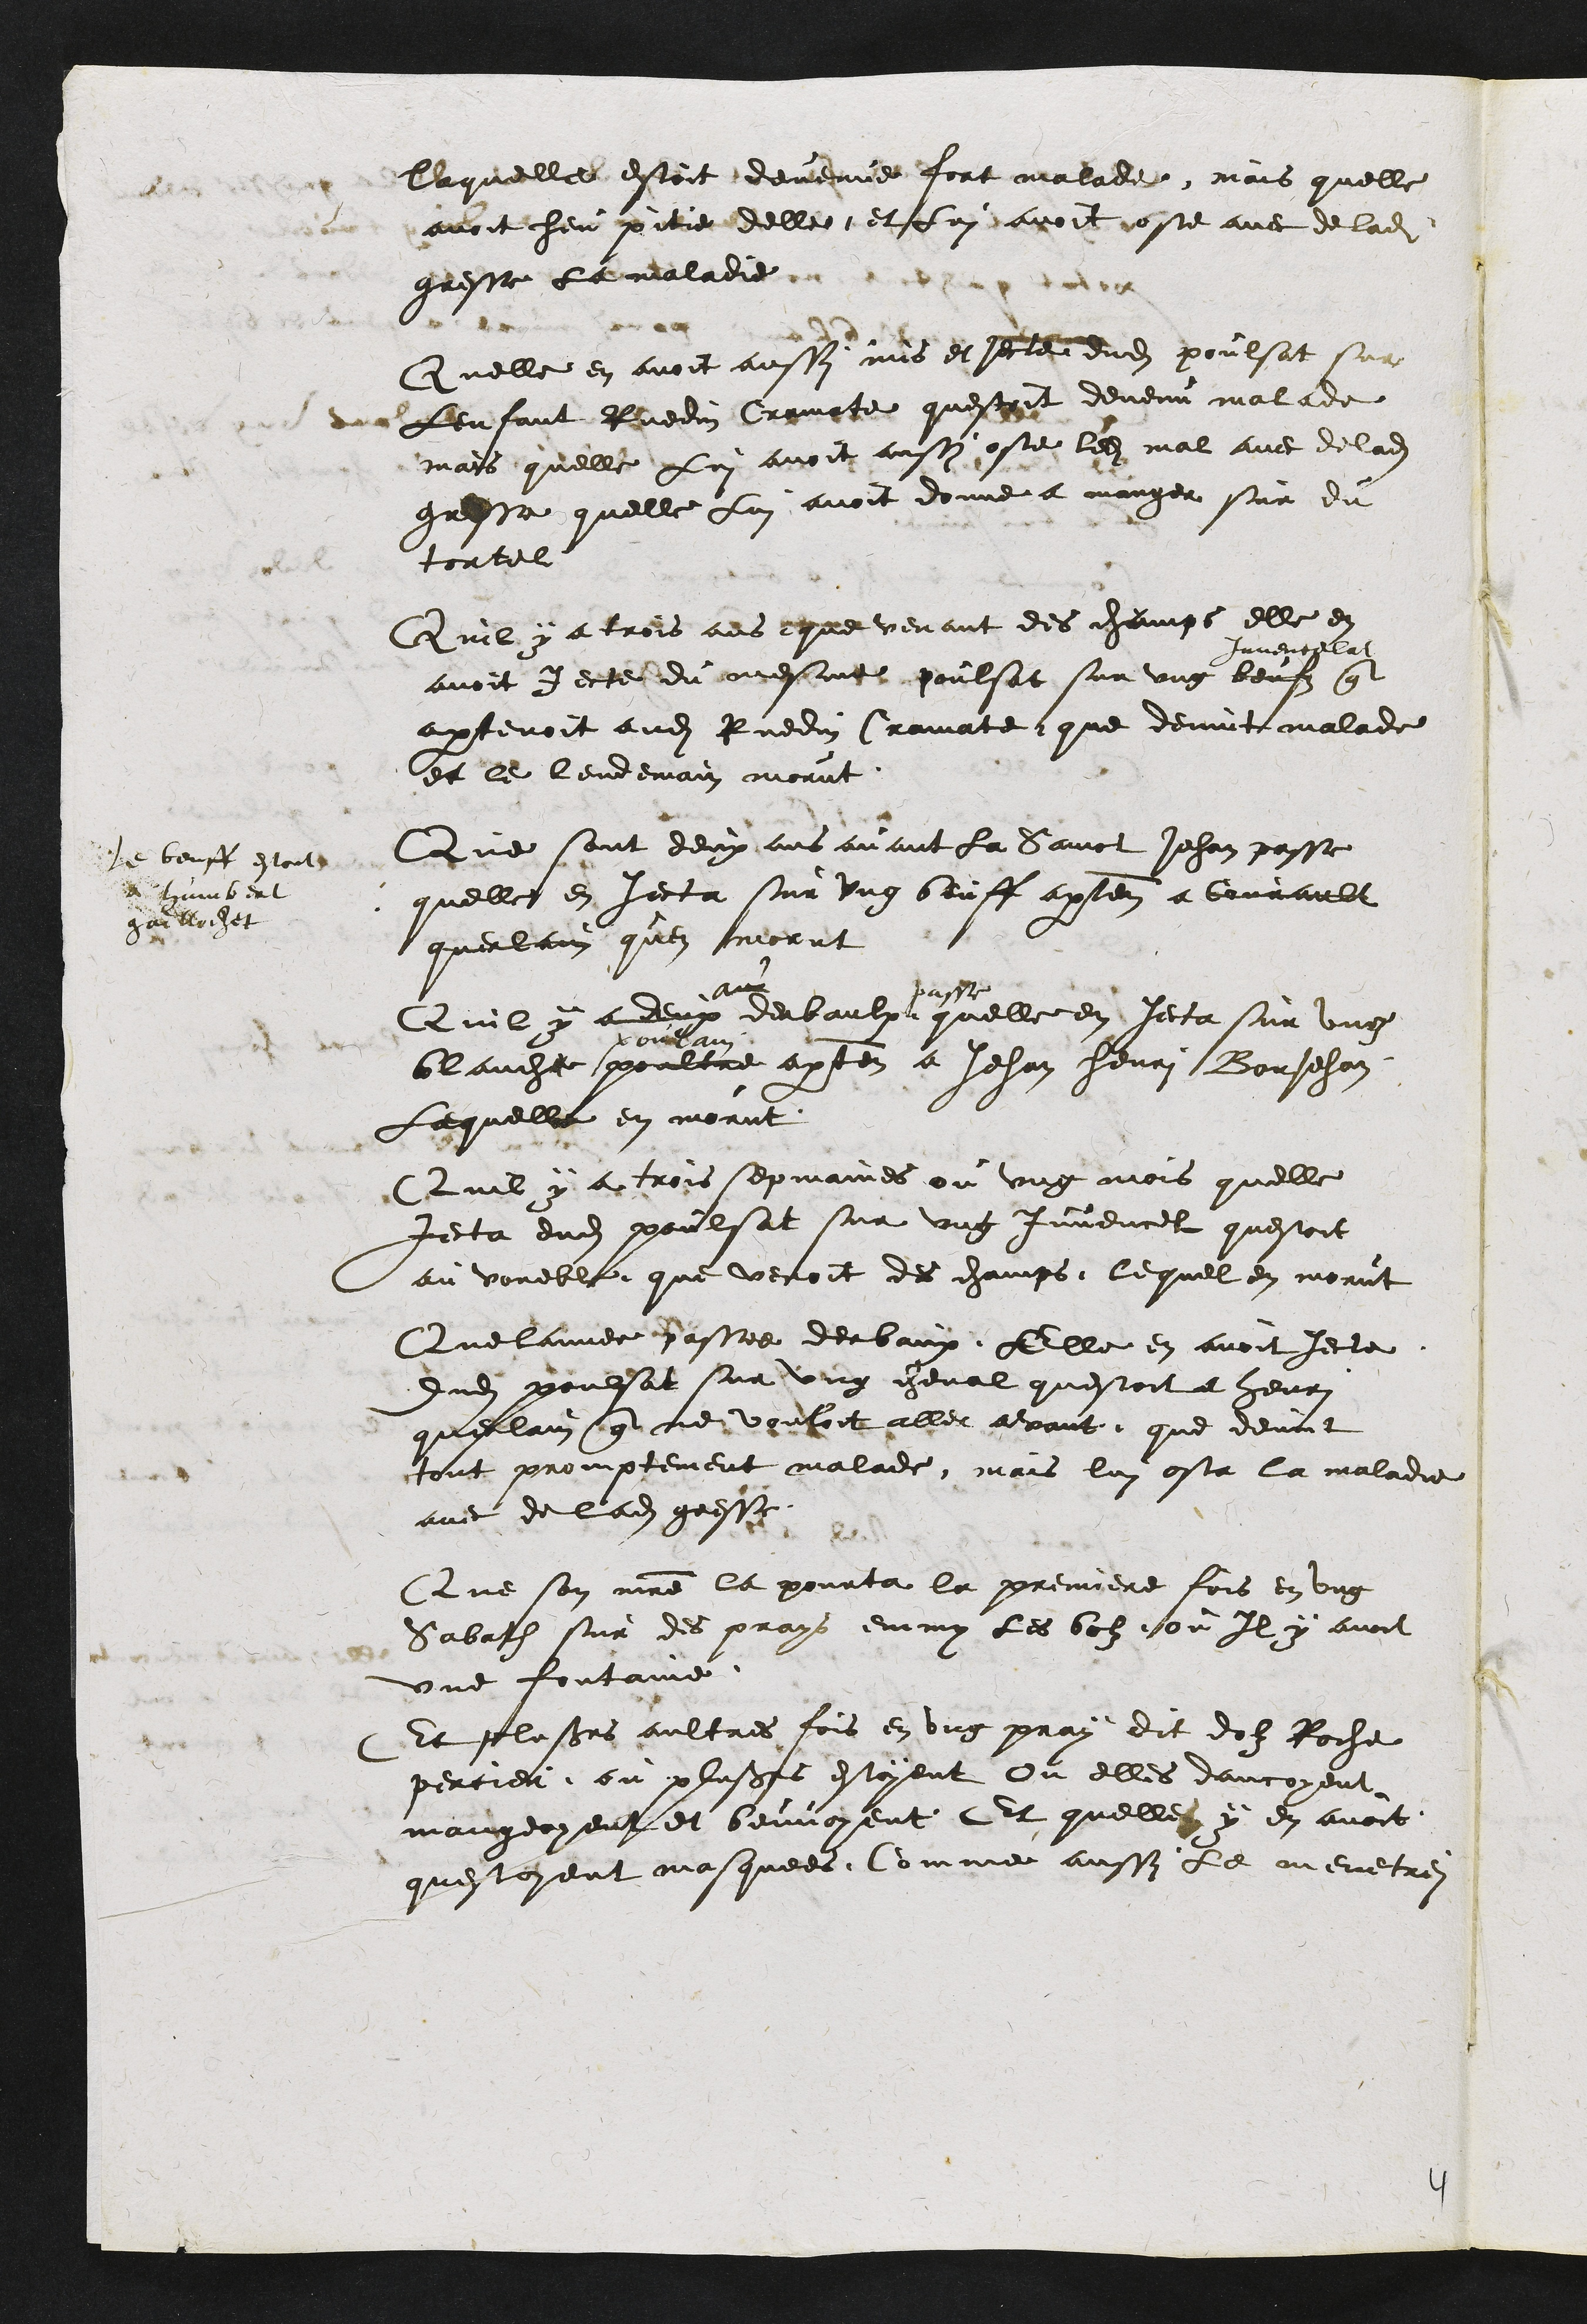
Laquelle estoit devenue fort malade mais quelle
avoit heu pitie delle, et Lui avoit oste avec de ladite
gresse la maladie
Quelle en avoit aussi mis et jecte dudit poulsat sur
Lenfant Ruedin Cramate questoit devenu malade
mais quelle Lui avoit aussi oste ledit mal avec de ladite
gresse quelle Lui avoit donne a manger sur du
tortel
Quil y a trois ans que venant des champs elle en
avoit jecte du mesme poulsat sur ung beufz
Juvencelat
que
apartenoit audit Ruedin Cramatte que devint malade
et le lendemain morut
Que sont deux ans avant la Sainct Jehan passe
quelle en jecta sur ung beuff apartenant a Courault
querlain quen morut
le beuff estoit
a humbert
gaillochet
Quil y a deux
ans
derbaulx
passe
quelle en jecta sur ung
blanche poultre
poulain
apartenant a Jehan henri BonJehan
Lequelle en morut
Quil y a trois sepmaines ou ung mois quelle
jecta dudit poulsat sur ung juvencel questoit
au voueble que venoit des champs lequel en morut
Que lannee passee derbaux Elle en avoit jecte
dudit poulsat sur ung cheval questoit a henri
querlain que ne vouloit aller avant, que devint
tout promptement malade mais lui osta la maladie
avec de ladite gresse
Que son maitre la pourta la premiere fois en ung
Sabath sur des prays emy les bolz ou Il y avoit
une fontaine
Et plusieurs aultres fois en ung pray dit dolz Roche
percier ou plusieurs estoyent Ou elles dancoyent
mangeoyent et beuvoyent Et quelle y en avoit
questoyent masquees. Comme aussi le menetrei